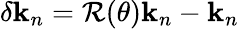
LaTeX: \delta\mathbf{k}_{n}=\mathcal{R}(\theta)\mathbf{k}_{n}-\mathbf{k}_{n}